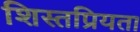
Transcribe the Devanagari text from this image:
शिस्तप्रियता